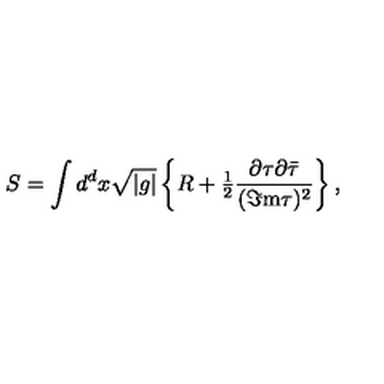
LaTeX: S = \int d ^ { d } x \sqrt { | g | } \left\{ R + { \textstyle \frac { 1 } { 2 } } \frac { \partial \tau \partial \bar { \tau } } { ( \Im \mathrm { m } \tau ) ^ { 2 } } \right\} ,